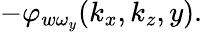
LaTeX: -\varphi_{w\omega_{y}}(k_{x},k_{z},y).